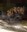
સાચવશો